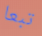
تبعا